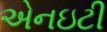
એનઇટી